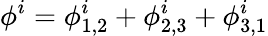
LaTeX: \phi^{i}=\phi_{1,2}^{i}+\phi_{2,3}^{i}+\phi_{3,1}^{i}